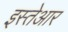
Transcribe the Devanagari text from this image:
इस्तेआर